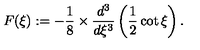
F ( \xi ) : = - \frac { 1 } { 8 } \times { \frac { d ^ { 3 } } { d \xi ^ { 3 } } } \left( { \frac { 1 } { 2 } } \cot { \xi } \right) .